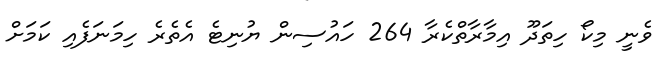
ވެނީ މިކޯ ހިތަދޫ އިމާރާތްކެރާ 264 ހައުސިން ޔުނިޓެ އެތެރެ ހިމަނަފެއި ކަމަށް